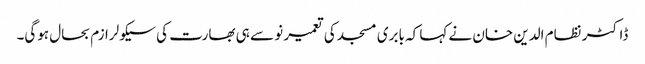
ڈاکٹر نظام الدین خان نے کہا کہ بابری مسجد کی تعمیر نو سے ہی بھارت کی سیکولرازم بحال ہوگی۔